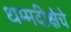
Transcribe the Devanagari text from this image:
धम्मदीक्षेचे